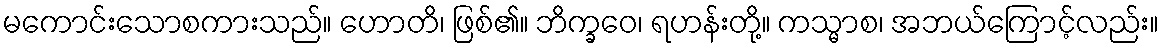
မကောင်းသောစကားသည်။ ဟောတိ၊ ဖြစ်၏။ ဘိက္ခဝေ၊ ရဟန်းတို့။ ကသ္မာစ၊ အဘယ်ကြောင့်လည်း။